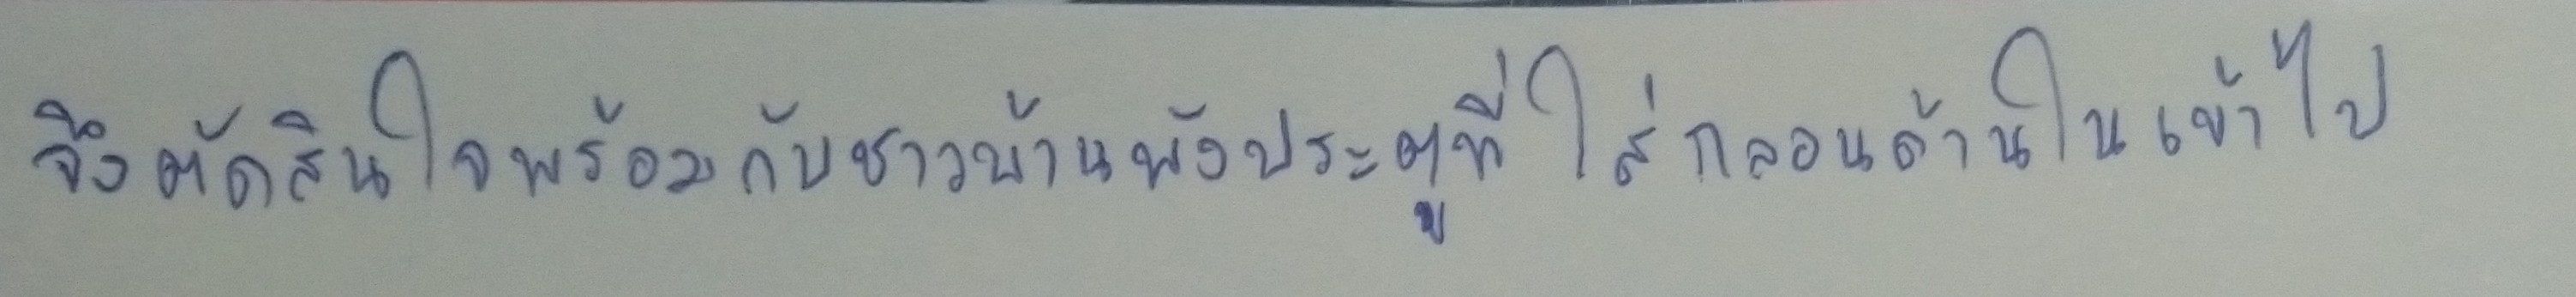
จึงตัดสินใจพร้อมกับชาวบ้านพังประตูที่ใส่กลอนด้านในเข้าไป